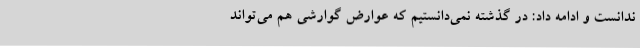
ندانست و ادامه داد: در گذشته نمی‌دانستیم که عوارض گوارشی هم می‌تواند